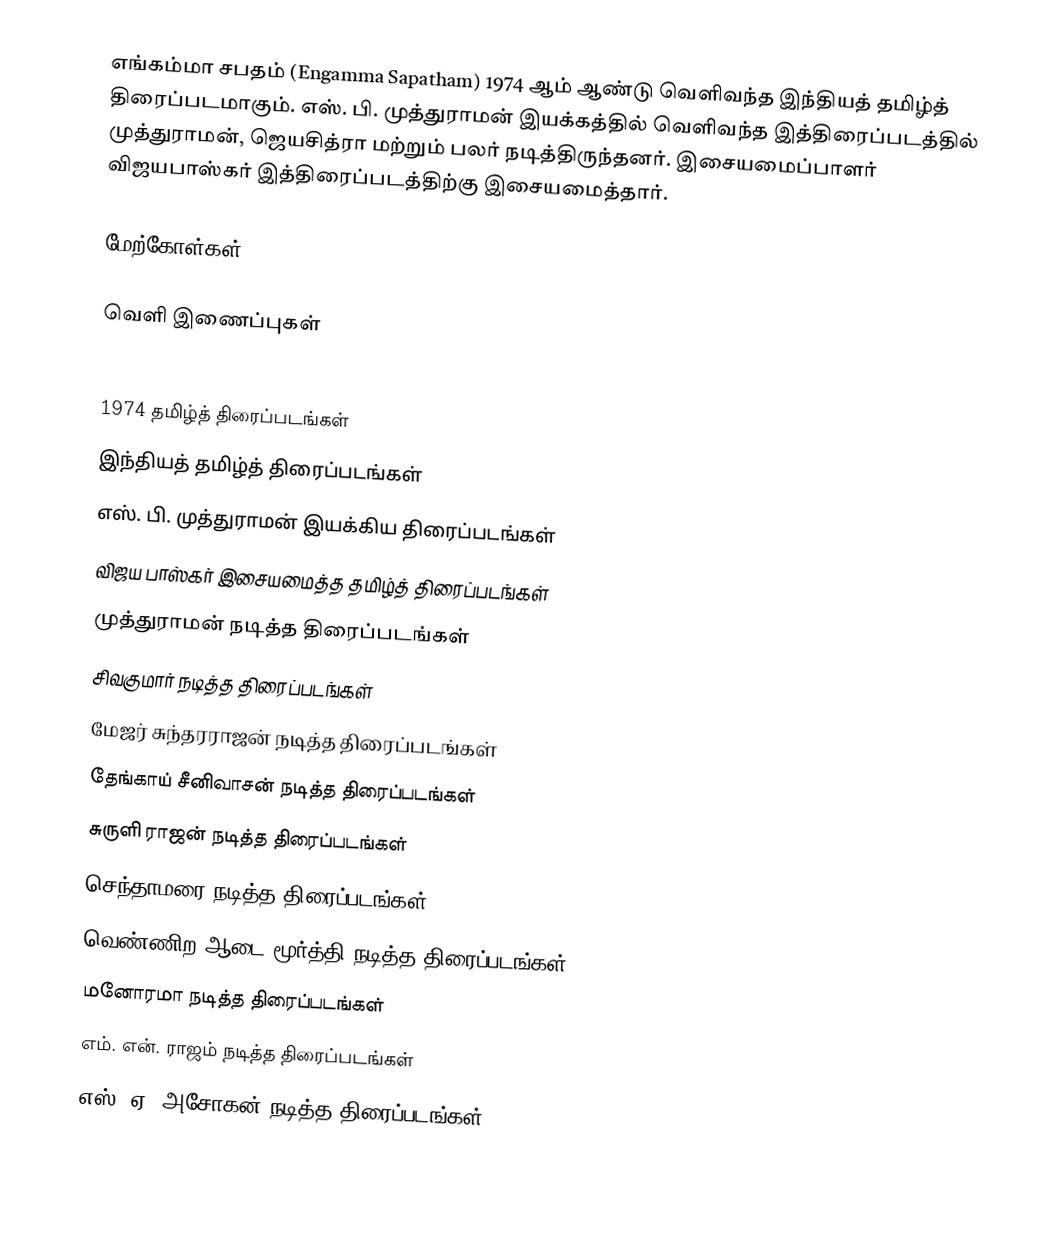
எங்கம்மா சபதம் (Engamma Sapatham) 1974 ஆம் ஆண்டு வெளிவந்த இந்தியத் தமிழ்த் திரைப்படமாகும். எஸ். பி. முத்துராமன் இயக்கத்தில் வெளிவந்த இத்திரைப்படத்தில் முத்துராமன், ஜெயசித்ரா மற்றும் பலர் நடித்திருந்தனர். இசையமைப்பாளர் விஜயபாஸ்கர் இத்திரைப்படத்திற்கு இசையமைத்தார்.

மேற்கோள்கள்

வெளி இணைப்புகள்

1974 தமிழ்த் திரைப்படங்கள்
இந்தியத் தமிழ்த் திரைப்படங்கள்
எஸ். பி. முத்துராமன் இயக்கிய திரைப்படங்கள்
விஜய பாஸ்கர் இசையமைத்த தமிழ்த் திரைப்படங்கள்
முத்துராமன் நடித்த திரைப்படங்கள்
சிவகுமார் நடித்த திரைப்படங்கள்
மேஜர் சுந்தரராஜன் நடித்த திரைப்படங்கள்
தேங்காய் சீனிவாசன் நடித்த திரைப்படங்கள்
சுருளி ராஜன் நடித்த திரைப்படங்கள்
செந்தாமரை நடித்த திரைப்படங்கள்
வெண்ணிற ஆடை மூர்த்தி நடித்த திரைப்படங்கள்
மனோரமா நடித்த திரைப்படங்கள்
எம். என். ராஜம் நடித்த திரைப்படங்கள்
எஸ். ஏ. அசோகன் நடித்த திரைப்படங்கள்